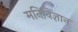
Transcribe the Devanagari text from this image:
मनिविज्ञान